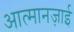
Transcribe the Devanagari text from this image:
आत्मानज़ाई